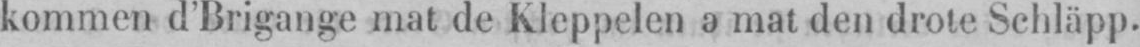
kommen d’Brigange mat de kleppelen a mat den drote Schläpp.